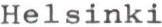
Helsinki